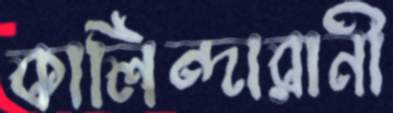
কালিন্দারানী